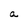
Character: a